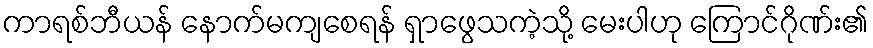
ကာရစ်ဘီယန် နောက်မကျစေရန် ရှာဖွေသကဲ့သို့ မေးပါဟု ကြောင်ဂိုဏ်း၏